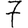
Digit: 7